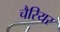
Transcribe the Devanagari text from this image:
चैरियर